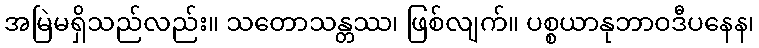
အမြဲမရှိသည်လည်း။ သတောသန္တဿ၊ ဖြစ်လျက်။ ပစ္စယာနုဘာဝဒီပနေန၊